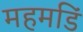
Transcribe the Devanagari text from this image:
महमडिं